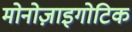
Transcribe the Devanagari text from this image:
मोनोज़ाइगोटिक